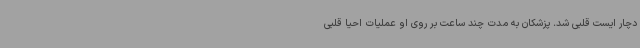
دچار ایست قلبی شد. پزشکان به مدت چند ساعت بر روی او عملیات احیا قلبی